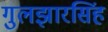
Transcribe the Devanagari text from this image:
गुलझारसिंह